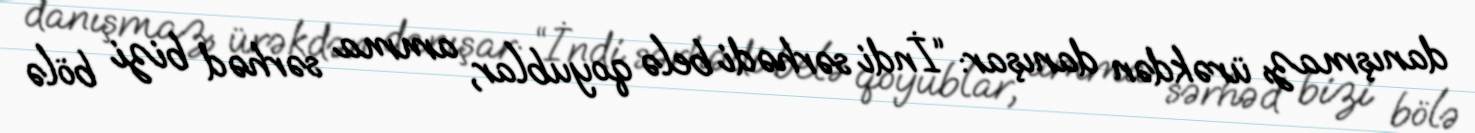
danışmaz, ürəkdən danışar: “İndi sərhədi belə qoyublar, amma sərhəd bizi bölə